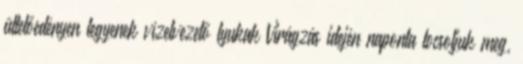
ültetőedényen legyenek vízelvezető lyukak Virágzás idején naponta locsoljuk meg,